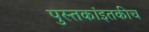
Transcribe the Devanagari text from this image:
पुस्तकांइतकीच